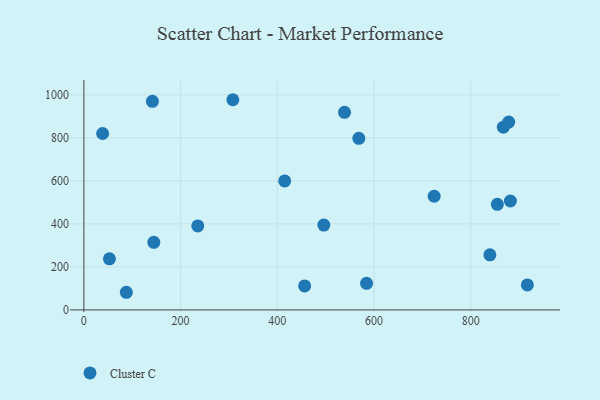
{"axis": {"x": "Engine Size", "y": "Rating"}, "legend": ["Cluster C"], "data": [{"x": "496.0", "y": 394.5, "type": "Cluster C"}, {"x": "456.4", "y": 111.4, "type": "Cluster C"}, {"x": "141.7", "y": 969.9, "type": "Cluster C"}, {"x": "568.4", "y": 797.6, "type": "Cluster C"}, {"x": "415.1", "y": 599.7, "type": "Cluster C"}, {"x": "584.4", "y": 123.8, "type": "Cluster C"}, {"x": "854.7", "y": 491.0, "type": "Cluster C"}, {"x": "839.3", "y": 256.2, "type": "Cluster C"}, {"x": "878.2", "y": 873.1, "type": "Cluster C"}, {"x": "538.8", "y": 918.6, "type": "Cluster C"}, {"x": "916.8", "y": 116.2, "type": "Cluster C"}, {"x": "881.7", "y": 506.3, "type": "Cluster C"}, {"x": "867.1", "y": 849.8, "type": "Cluster C"}, {"x": "52.9", "y": 237.3, "type": "Cluster C"}, {"x": "308.0", "y": 977.2, "type": "Cluster C"}, {"x": "87.8", "y": 82.0, "type": "Cluster C"}, {"x": "235.5", "y": 390.7, "type": "Cluster C"}, {"x": "724.1", "y": 528.4, "type": "Cluster C"}, {"x": "144.6", "y": 314.0, "type": "Cluster C"}, {"x": "38.8", "y": 820.1, "type": "Cluster C"}]}